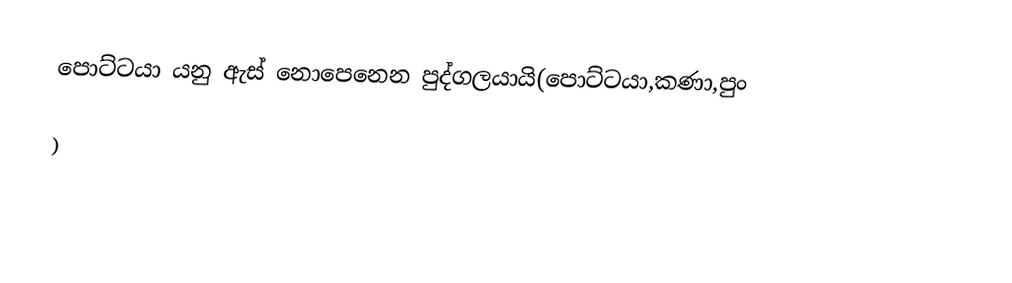
පොට්ටයා යනු ඇස් නොපෙනෙන පුද්ගලයායි(පොට්ටයා,කණා,පුං

)